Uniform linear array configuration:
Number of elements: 32
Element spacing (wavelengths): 0.25
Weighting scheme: uniform
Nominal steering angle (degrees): -15
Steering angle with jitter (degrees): -16.797
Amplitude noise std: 0.05
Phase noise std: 0.05

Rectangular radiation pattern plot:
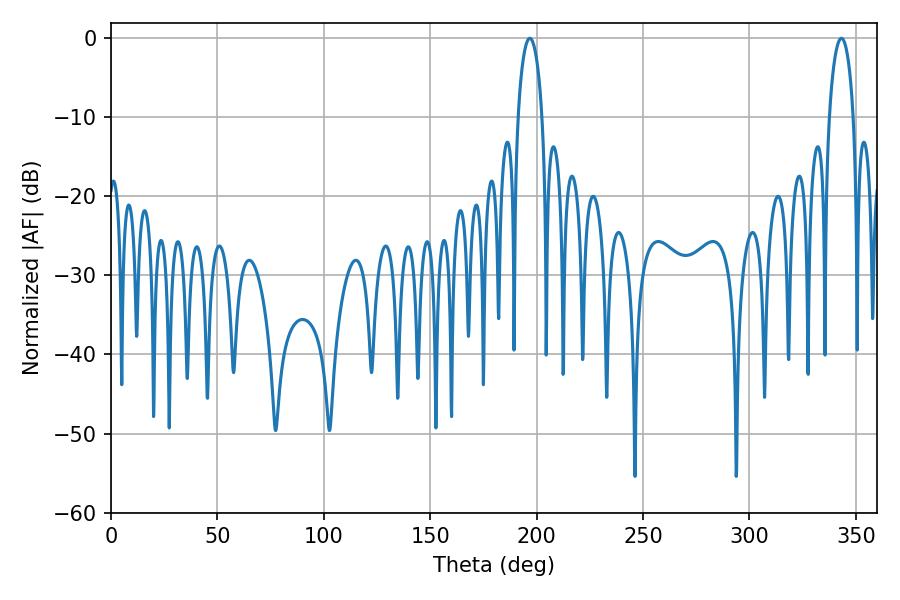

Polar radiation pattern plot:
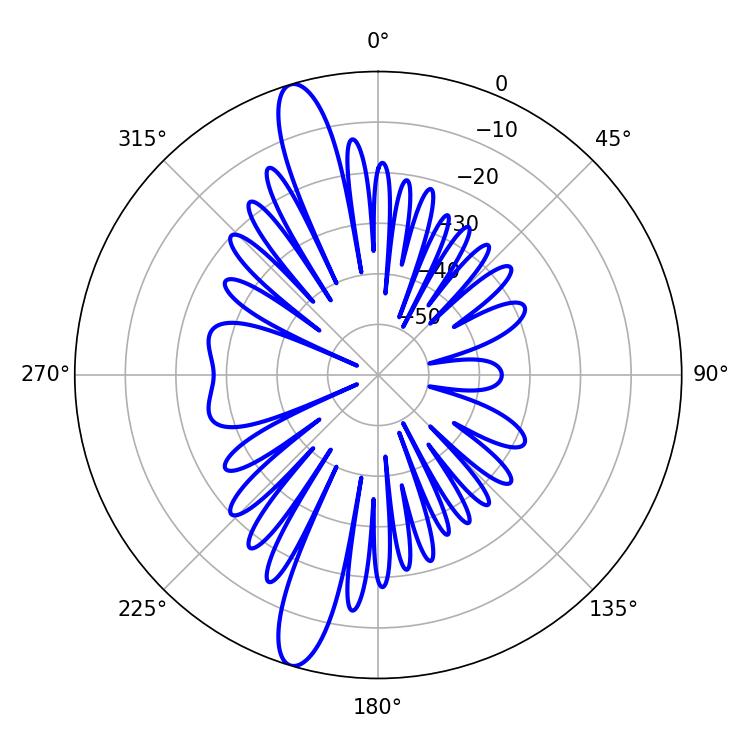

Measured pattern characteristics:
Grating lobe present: FALSE
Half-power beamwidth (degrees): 6.48
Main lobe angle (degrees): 196.74